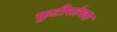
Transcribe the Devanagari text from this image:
फुटीरतेच्या